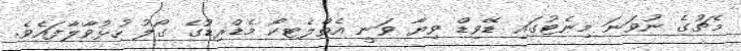
މެޗުގެ ނުވަނަ މިނެޓުގައި ޑޭވިޑް ވިޔާ ވަނީ އެތްލެޓކޯ މެޑްރިޑުގެ ގޯލު ހުޅުވާލާފައެވެ.